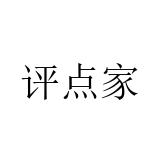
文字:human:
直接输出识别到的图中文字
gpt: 评点家